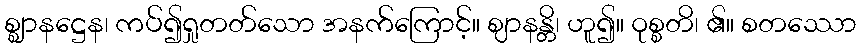
စ္ဈာနဋ္ဌေန၊ ကပ်၍ရှုတတ်သော အနက်ကြောင့်။ ဈာနန္တိ၊ ဟူ၍။ ဝုစ္စတိ၊ ၏။ စတဿော